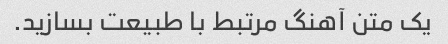
یک متن آهنگ مرتبط با طبیعت بسازید.